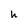
Character: h